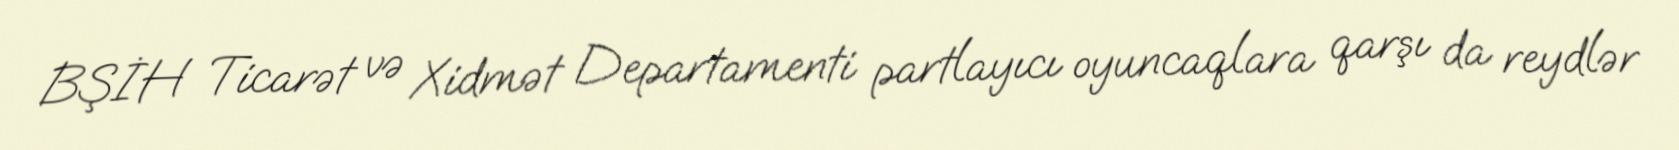
BŞİH Ticarət və Xidmət Departamenti partlayıcı oyuncaqlara qarşı da reydlər